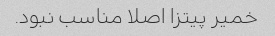
خمیر پیتزا اصلا مناسب نبود.